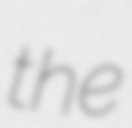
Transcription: the